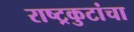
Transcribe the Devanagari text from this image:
राष्ट्रकुटांचा